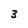
Character: 3